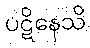
ပဋိနေသိ